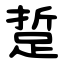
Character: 踅